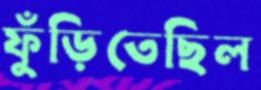
ফুঁড়িতেছিল